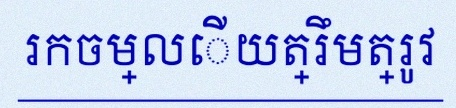
រកចម្លើយត្រឹមត្រូវ